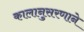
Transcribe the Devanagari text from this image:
कालानुसरणाने